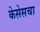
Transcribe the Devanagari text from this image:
केसेसचा